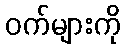
ဝက်များကို